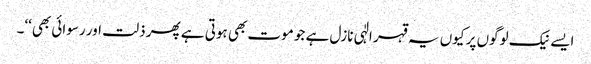
ایسے نیک لوگوں پر کیوں یہ قہر الٰہی نازل ہے جو موت بھی ہوتی ہے پھر ذلت اور رسوائی بھی‘‘۔